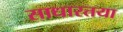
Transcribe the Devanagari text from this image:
साधारतया